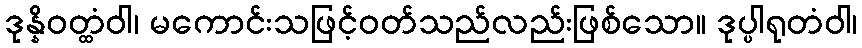
ဒုန္နိဝတ္ထံဝါ၊ မကောင်းသဖြင့်ဝတ်သည်လည်းဖြစ်သော။ ဒုပ္ပါရုတံဝါ၊